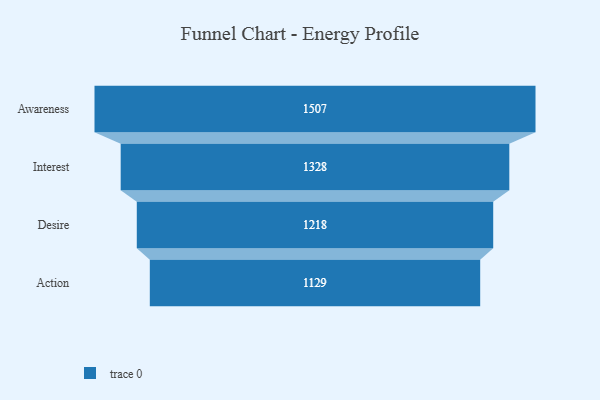
{"axis": {"x": "Stage", "y": "Value"}, "legend": [""], "data": [{"x": "Awareness", "y": 1507.0, "type": ""}, {"x": "Interest", "y": 1328.0, "type": ""}, {"x": "Desire", "y": 1218.0, "type": ""}, {"x": "Action", "y": 1129.0, "type": ""}]}